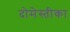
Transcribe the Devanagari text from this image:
दोमेस्तीका